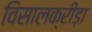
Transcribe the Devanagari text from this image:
विसालक्रीड़ा